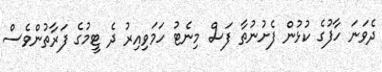
ދެވަނަ ހާފުގެ ކުޅުން ފެށުނުތާ ފަސް މިނެޓު ހަމަވިއިރު ދެ ޓީމުގެ ފަރާތުންވެސް